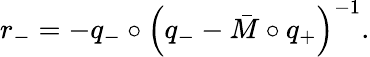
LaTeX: r_{-}=-q_{-}\circ\left(q_{-}-\bar{M}\circ q_{+}\right)^{-1}.